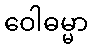
ဝေါဓမ္မာ